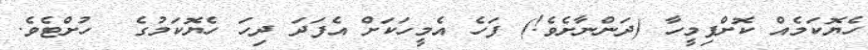
ހެޔޮކަމެއް ކޮށްފިމީހާ (ދަންނާށެވެ!) ފަހެ އެމީހަކަށް އެފަދަ ދިހަ ހެޔޮކަމުގެ  ހުށްޓެވެ.